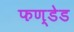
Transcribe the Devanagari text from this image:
फण्डेड